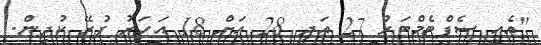
"އެއީ ސެޕްޓެމްބަރު 27 އަދި 28 އަށް 18 އަހަރު ފުރޭ ކުދިން.